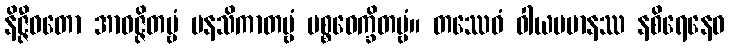
နိဇ္ဇီဝတော အာဝဇ္ဇိတဗ္ဗံ မနသိကာတဗ္ဗံ ပစ္စဝေက္ခိတဗ္ဗံ။ တဿေဝံ ဝါယမမာနဿ နစိရေနေဝ